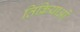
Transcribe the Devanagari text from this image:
तिक्रियाओं